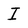
Character: I